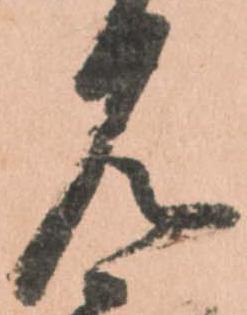
見